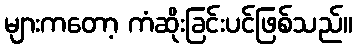
များကတော့ ကံဆိုးခြင်းပင်ဖြစ်သည်။